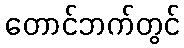
တောင်ဘက်တွင်